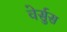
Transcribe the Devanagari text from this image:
वेर्सुस